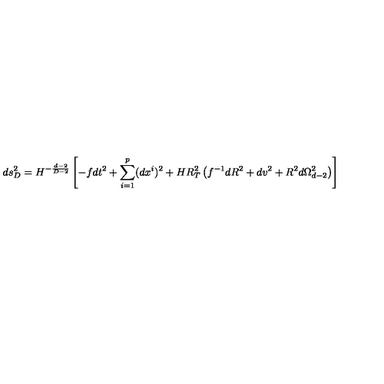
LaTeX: d s _ { D } ^ { 2 } = H ^ { - \frac { d - 2 } { D - 2 } } \left[ - f d t ^ { 2 } + \sum _ { i = 1 } ^ { p } ( d x ^ { i } ) ^ { 2 } + H R _ { T } ^ { 2 } \left( f ^ { - 1 } d R ^ { 2 } + d v ^ { 2 } + R ^ { 2 } d \Omega _ { d - 2 } ^ { 2 } \right) \right]